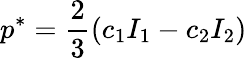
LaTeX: p^{*}=\frac{2}{3}(c_{1}I_{1}-c_{2}I_{2})